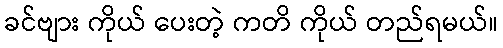
ခင်ဗျား ကိုယ် ပေးတဲ့ ကတိ ကိုယ် တည်ရမယ်။